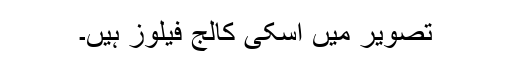
تصویر میں اسکی کالج فیلوز ہیں۔